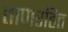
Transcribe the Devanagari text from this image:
ताणरहित